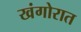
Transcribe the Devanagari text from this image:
खंगोरात